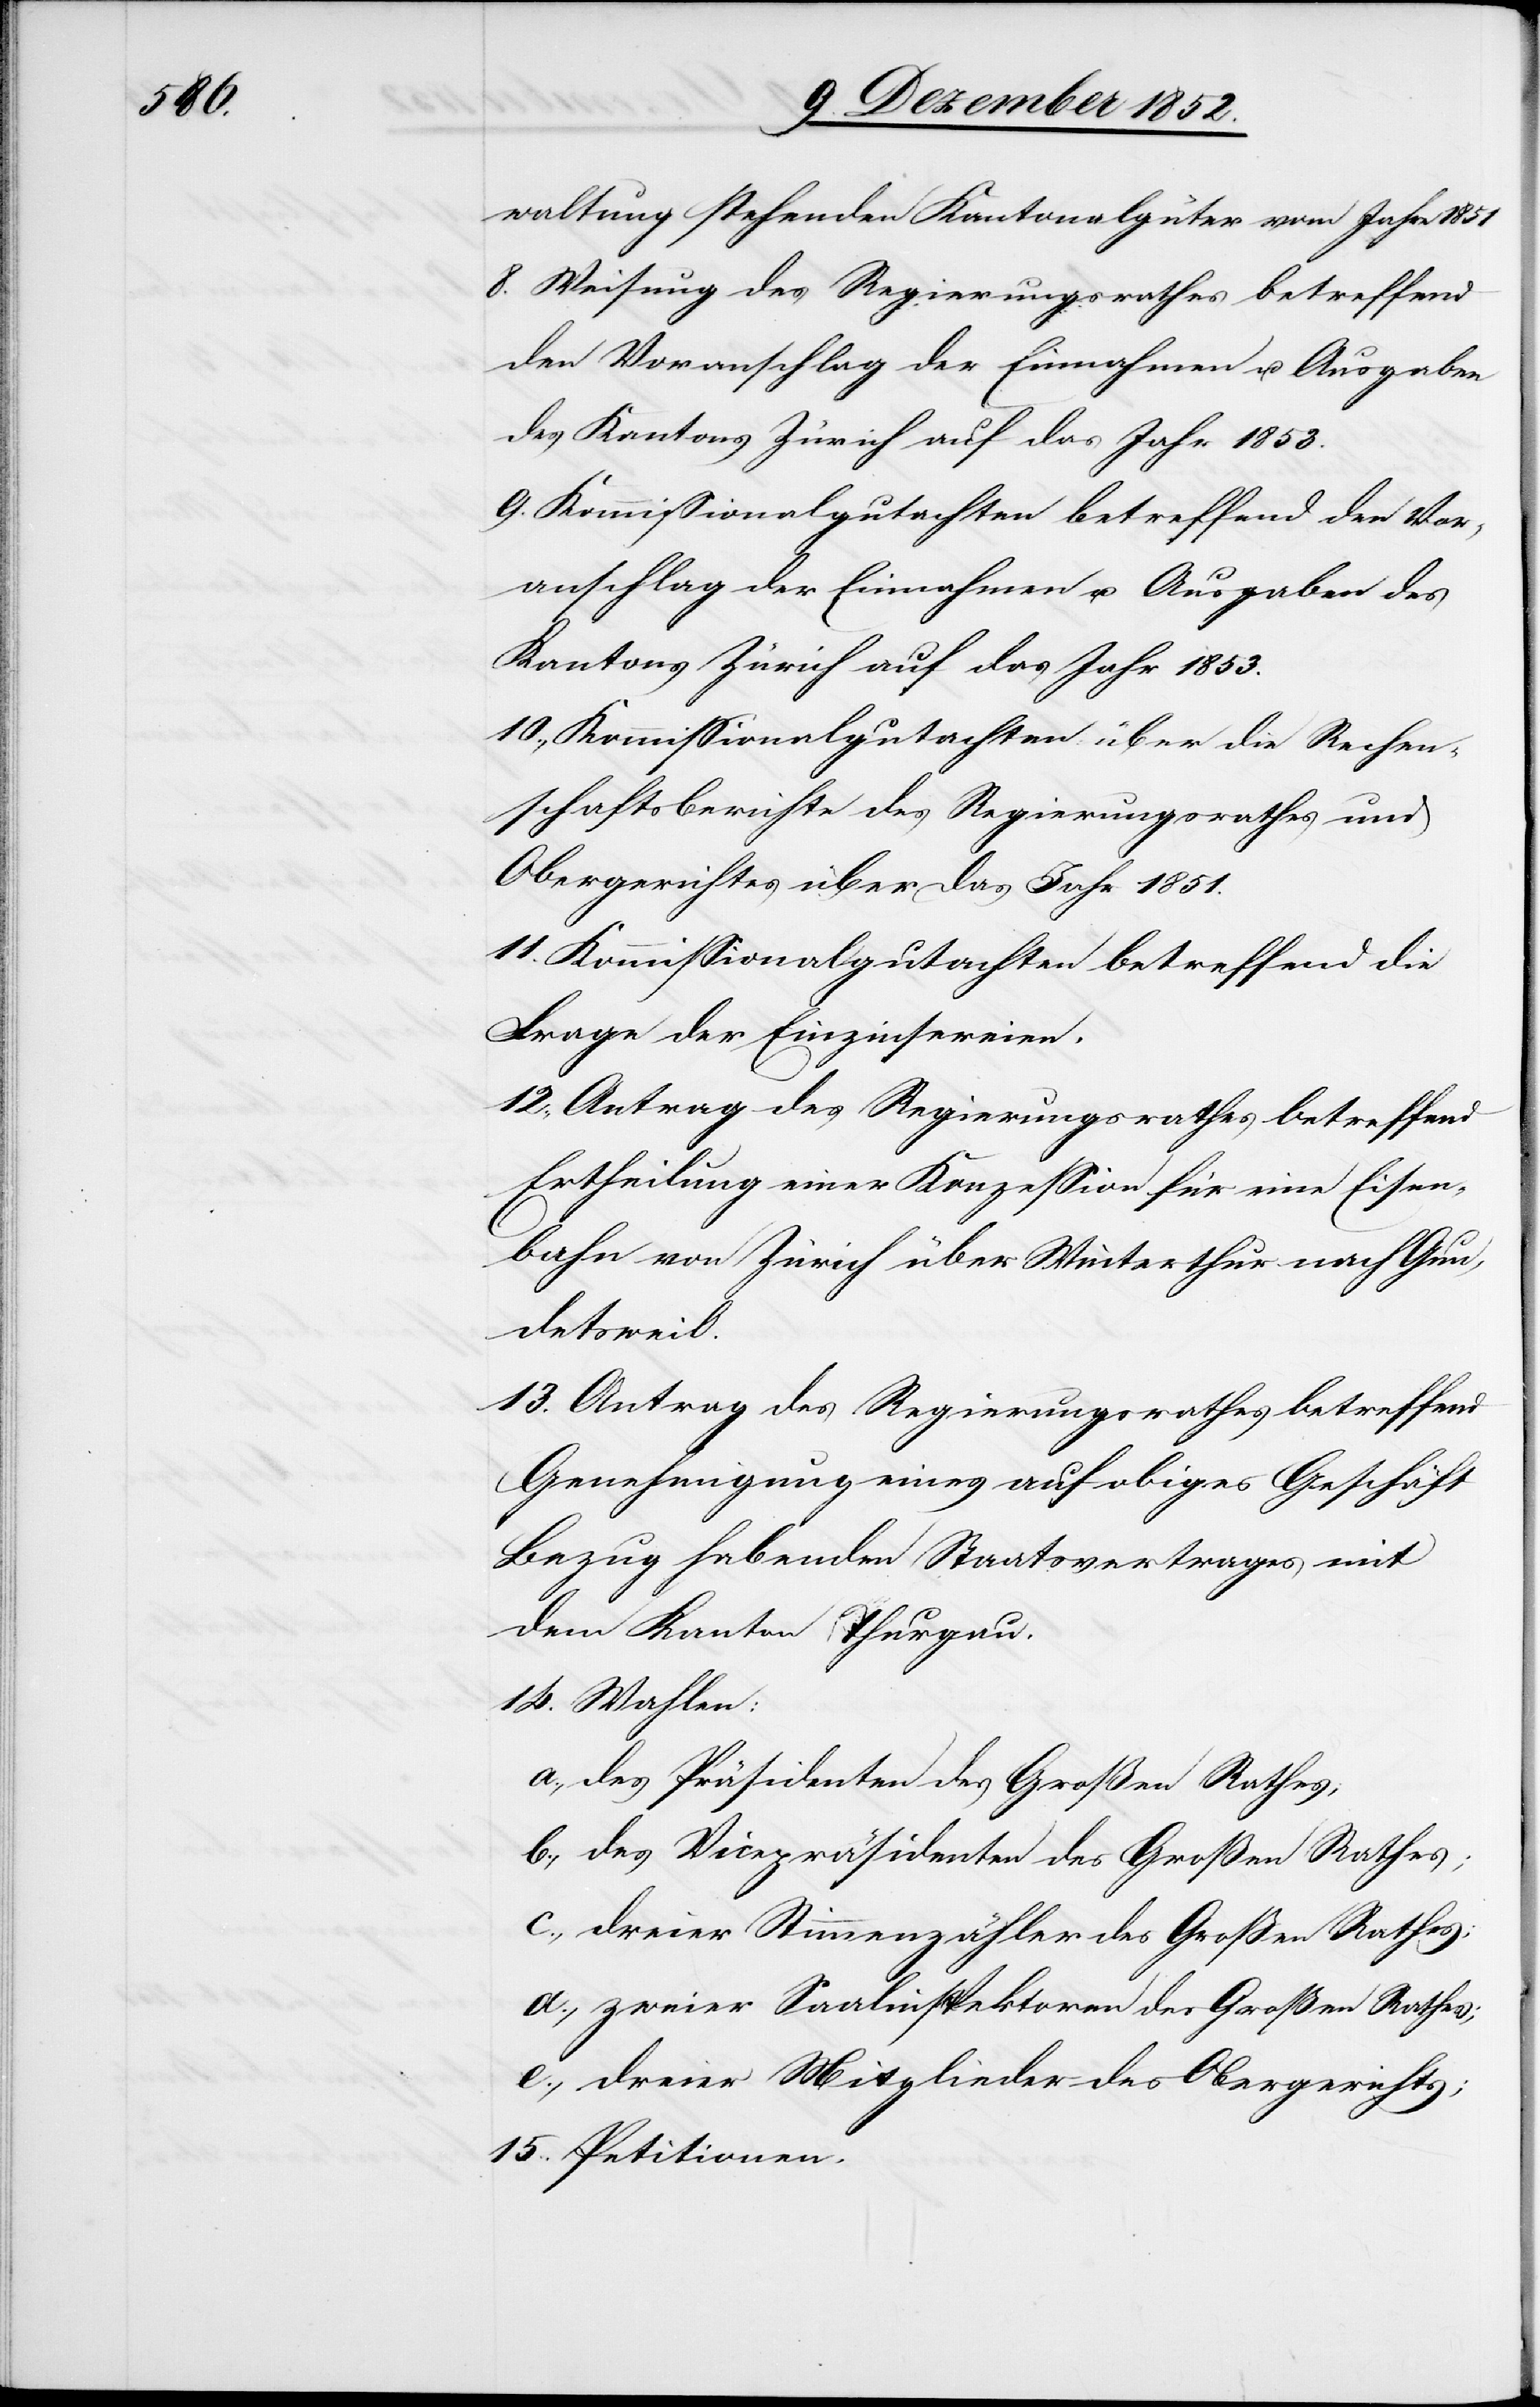
waltung stehenden Kantonalgüter vom Jahre 1851
8. Weisung des Regierungsrathes betreffend
den Voranschlag der Einnahmen u. Ausgaben
des Kantons Zürich auf das Jahr 1853.
9. Kommissionalgutachten betreffend den Vor¬
anschlag der Einnahmen u. Ausgaben des
Kantons Zürich auf das Jahr 1853.
10., Kommissionalgutachten über die Rechen¬
schaftsberichte des Regierungsrathes und
Obergerichtes über das Jahr 1851.
11. Kommissionalgutachten betreffend die
Frage der Einzinsereien.
12., Antrag des Regierungsrathes betreffend
Ertheilung einer Konzession für eine Eisen¬
bahn von Zürich über Winterthur nach Gun¬
detsweil.
13. Antrag des Regierungsrathes betreffend
Genehmigung eines auf obiges Geschäft
Bezug habenden Staatsvertrages mit
dem Kanton Thurgau.
14. Wahlen:
a., des Präsidenten des Großen Rathes;
b., des Vicepräsidenten des Großen Rathes;
c., dreier Stimmenzähler des Großen Rathes;
d., zweier Saalinspektoren des Großen Rathes;
e., dreier Mitglieder des Obergerichts;
15. Petitionen.